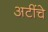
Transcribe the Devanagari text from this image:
अटींचे